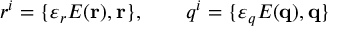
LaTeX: r ^ { i } = \{ \varepsilon _ { r } E ( { \bf r } ) , { \bf r \} } , \qquad q ^ { i } = \{ \varepsilon _ { q } E ( { \bf q } ) , { \bf q \} }